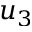
u _ { 3 }